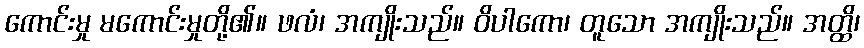
ကောင်းမှု မကောင်းမှုတို့၏။ ဖလံ၊ အကျိုးသည်။ ဝိပါကော၊ တူသော အကျိုးသည်။ အတ္ထိ၊